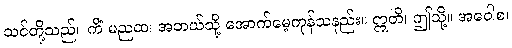
သင်တို့သည်။ ကိံ မညထ၊ အဘယ်သို့ အောက်မေ့ကုန်သနည်း။ ဣတိ၊ ဤသို့။ အဝေါစ၊